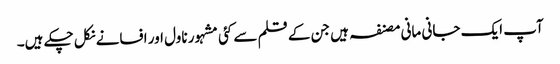
آپ ایک جانی مانی مصنفہ ہیں جن کے قلم سے کئی مشہور ناول اور افسانے نکل چکے ہیں۔